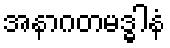
အနာဂတမဒ္ဓါနံ